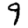
Digit: 9